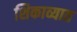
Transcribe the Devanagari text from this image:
शिकाव्यात